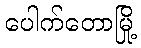
ပေါက်တောမြို့